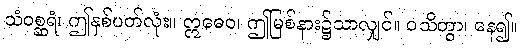
သံဝစ္ဆရံ၊ ဤနှစ်ပတ်လုံး။ ဣဓေဝ၊ ဤမြစ်နား၌သာလျှင်။ ဝသိတွာ၊ နေ၍။